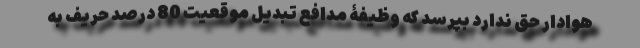
هوادار حق ندارد بپرسد که وظیفۀ مدافع تبدیل موقعیت 80 درصد حریف به